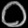
Digit: ၀